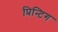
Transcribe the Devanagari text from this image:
प्रिन्टिग